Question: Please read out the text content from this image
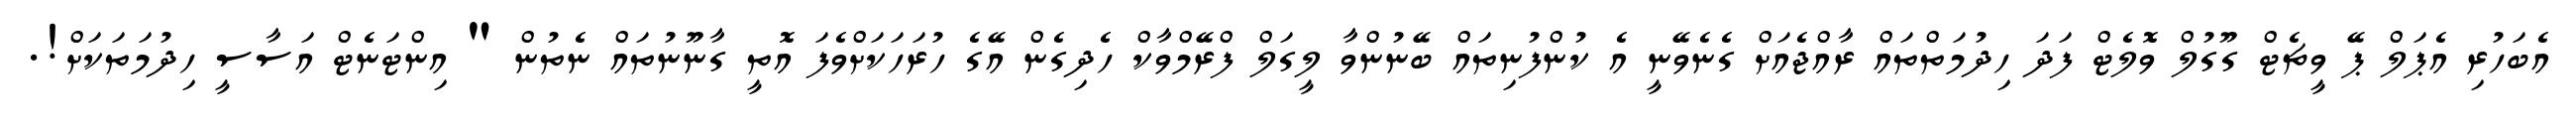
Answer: އެބަހުރި އެޕަލް ޕޭ ވީޗެޓް ގޫގުލް ވޮލެޓް ފަދަ ހިދުމަތްތައް ރާއްޖެއަށް ގެނެވޭނީ އެ ކުންފުނިތައް ބޭނުންވާ ލީގަލް ފްރޭމްވާކް ހެދިގެން އޭގެ ހުރަހަކަށްވެފަ އޮތީ ގާނޫނުތައް ނެތުން " އިންޓަނެޓް އަސާސީ ހިދުމަތަކަށް!.